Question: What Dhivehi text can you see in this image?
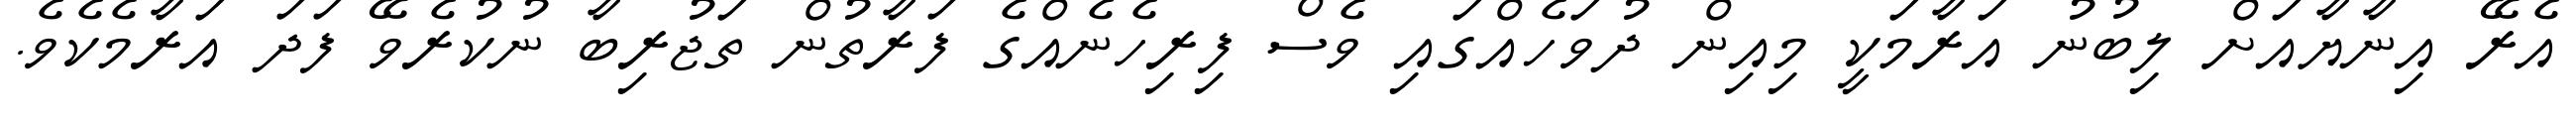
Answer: އެރޭ އިނާޔާއަށް ލިބުނު އަރާމަކީ މިއިން ދުވަހެއްގައި ވެސް ފިރިހެނެއްގެ ފަރާތުން ތަޖުރިބާ ނުކުރެވޭ ފަދަ އަރާމެކެވެ.